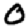
Digit: 0